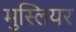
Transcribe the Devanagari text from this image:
मुस्लियर